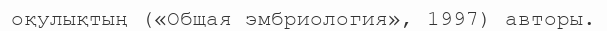
оқулықтың («Общая эмбриология», 1997) авторы.